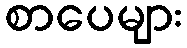
စာပေများ